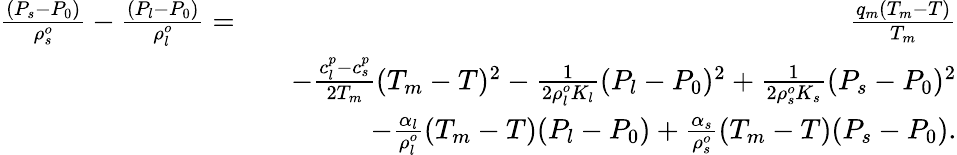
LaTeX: \begin{array}{rlr}{\frac{(P_{s}-P_{0})}{\rho_{s}^{o}}-\frac{(P_{l}-P_{0})}{\rho_{l}^{o}}=}&{}&{\frac{q_{m}(T_{m}-T)}{T_{m}}}\\ &{}&{-\frac{c_{l}^{p}-c_{s}^{p}}{2T_{m}}(T_{m}-T)^{2}-\frac{1}{2\rho_{l}^{o}K_{l}}(P_{l}-P_{0})^{2}+\frac{1}{2\rho_{s}^{o}K_{s}}(P_{s}-P_{0})^{2}}\\ &{}&{-\frac{\alpha_{l}}{\rho_{l}^{o}}(T_{m}-T)(P_{l}-P_{0})+\frac{\alpha_{s}}{\rho_{s}^{o}}(T_{m}-T)(P_{s}-P_{0}).}\end{array}